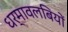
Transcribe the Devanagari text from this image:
धर्मावलबियों